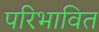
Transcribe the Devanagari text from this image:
परिभावित